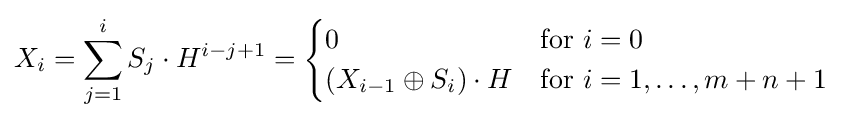
X_{i}=\sum _{j=1}^{i}S_{j}\cdot H^{i-j+1}={\begin{cases}0&{\text{for }}i=0\\\left(X_{i-1}\oplus S_{i}\right)\cdot H&{\text{for }}i=1,\ldots ,m+n+1\end{cases}}